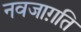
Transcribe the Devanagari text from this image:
नवजाग़ति